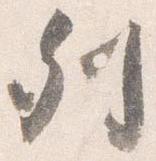
列